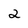
Character: 2